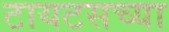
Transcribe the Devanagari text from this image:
टायटसच्या